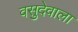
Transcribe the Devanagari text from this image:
वसुदेवाला